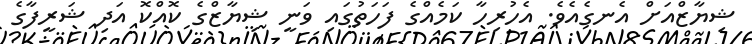
ޝިޔާޒްއަށް އެނގެއެވެ. އެހުރިހާ ކަމެއްގެ ފަހަތުގައި ވަނީ ޝިޔާޒްގެ ކޮއްކޮ އަދި ޝަރީފާގެ